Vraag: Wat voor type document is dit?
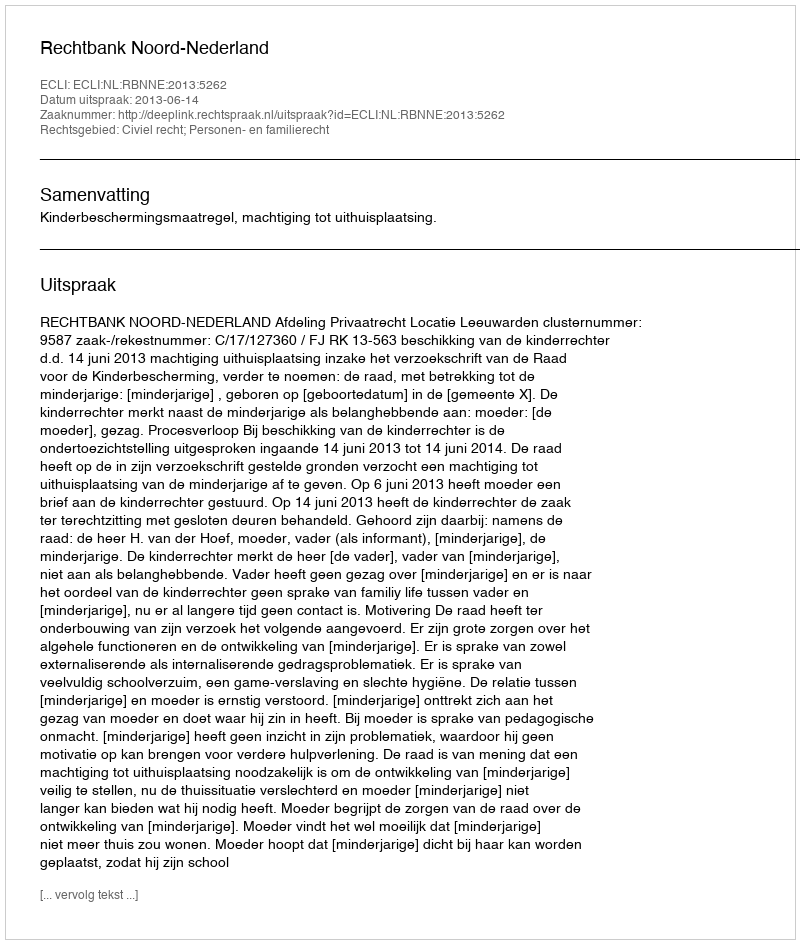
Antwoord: Uitspraak